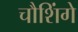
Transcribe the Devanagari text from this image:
चौशिंगे